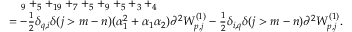
\begin{array} { r l } & { \quad _ { 9 } + _ { 5 } + _ { 1 9 } + _ { 7 } + _ { 5 } + _ { 9 } + _ { 5 } + _ { 3 } + _ { 4 } } \\ & { = - \frac { 1 } { 2 } \delta _ { q , i } \delta ( j > m - n ) ( \alpha _ { 1 } ^ { 2 } + \alpha _ { 1 } \alpha _ { 2 } ) \partial ^ { 2 } W _ { p , j } ^ { ( 1 ) } - \frac { 1 } { 2 } \delta _ { i , q } \delta ( j > m - n ) \partial ^ { 2 } W _ { p , j } ^ { ( 1 ) } . } \end{array}